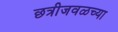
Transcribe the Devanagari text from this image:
छत्रीजवळच्या